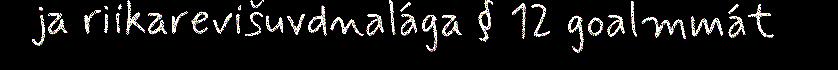
ja riikarevišuvdnalága § 12 goalmmát